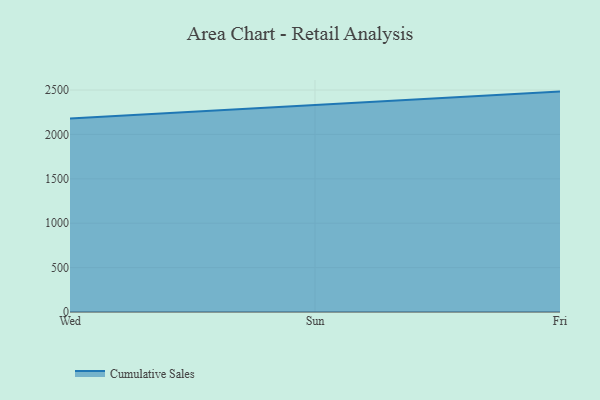
{"axis": {"x": "Day", "y": "Production Output"}, "legend": ["Cumulative Sales"], "data": [{"x": "Wed", "y": 2179.7, "type": "Cumulative Sales"}, {"x": "Sun", "y": 2331.7, "type": "Cumulative Sales"}, {"x": "Fri", "y": 2482.4, "type": "Cumulative Sales"}]}